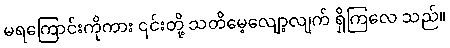
မရကြောင်းကိုကား ၎င်းတို့ သတိမေ့လျော့လျက် ရှိကြလေ သည်။